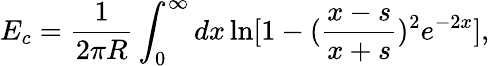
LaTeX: E_{c}=\frac{1}{2\pi R}\int_{0}^{\infty}dx\ln[1-(\frac{x-s}{x+s})^{2}e^{-2x}],